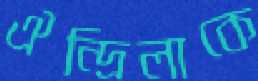
ঐন্দ্রিলাকে